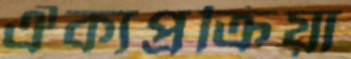
ঐক্যপ্রক্রিয়া